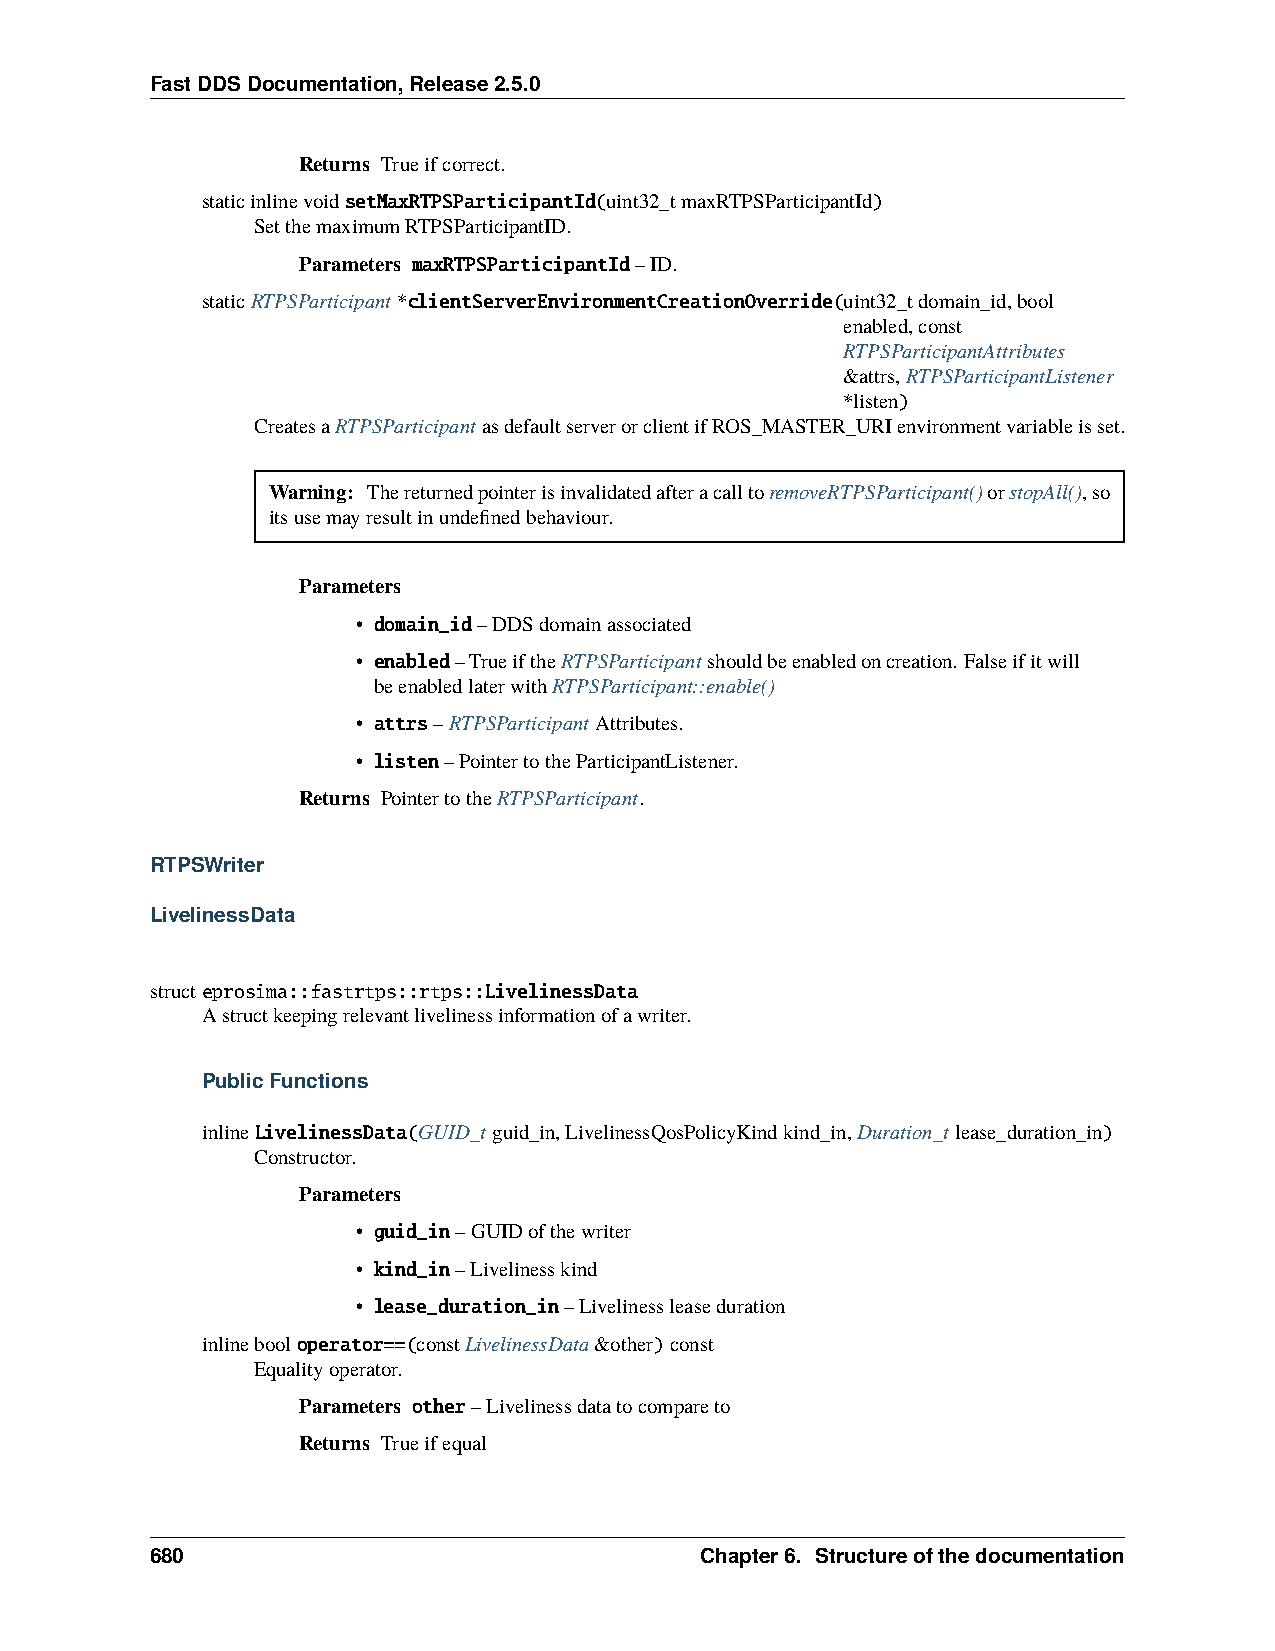
FastDDSDocumentation,Release2.5.0
 Returns Trueifcorrect.
 staticinlinevoidsetMaxRTPSParticipantId(uint32_tmaxRTPSParticipantId)
 SetthemaximumRTPSParticipantID.
 Parameters maxRTPSParticipantId–ID.
 staticRTPSParticipant*clientServerEnvironmentCreationOverride(uint32_tdomain_id,bool
 enabled,const
 RTPSParticipantAttributes
 &attrs,RTPSParticipantListener
 *listen)
 CreatesaRTPSParticipantasdefaultserverorclientifROS_MASTER_URIenvironmentvariableisset.
 Warning: ThereturnedpointerisinvalidatedafteracalltoremoveRTPSParticipant()orstopAll(),so
 itsusemayresultinundefinedbehaviour.
 Parameters
 • domain_id–DDSdomainassociated
 • enabled–TrueiftheRTPSParticipantshouldbeenabledoncreation. Falseifitwill
 beenabledlaterwithRTPSParticipant::enable()
 • attrs–RTPSParticipantAttributes.
 • listen–PointertotheParticipantListener.
 Returns PointertotheRTPSParticipant.
 RTPSWriter
 LivelinessData
 structeprosima::fastrtps::rtps::LivelinessData
 Astructkeepingrelevantlivelinessinformationofawriter.
 PublicFunctions
 inlineLivelinessData(GUID_tguid_in,LivelinessQosPolicyKindkind_in,Duration_tlease_duration_in)
 Constructor.
 Parameters
 • guid_in–GUIDofthewriter
 • kind_in–Livelinesskind
 • lease_duration_in–Livelinessleaseduration
 inlinebooloperator==(constLivelinessData&other)const
 Equalityoperator.
 Parameters other–Livelinessdatatocompareto
 Returns Trueifequal
 680                                 Chapter6. Structureofthedocumentation